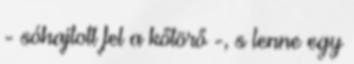
- sóhajtott fel a kőtörő -, s lenne egy